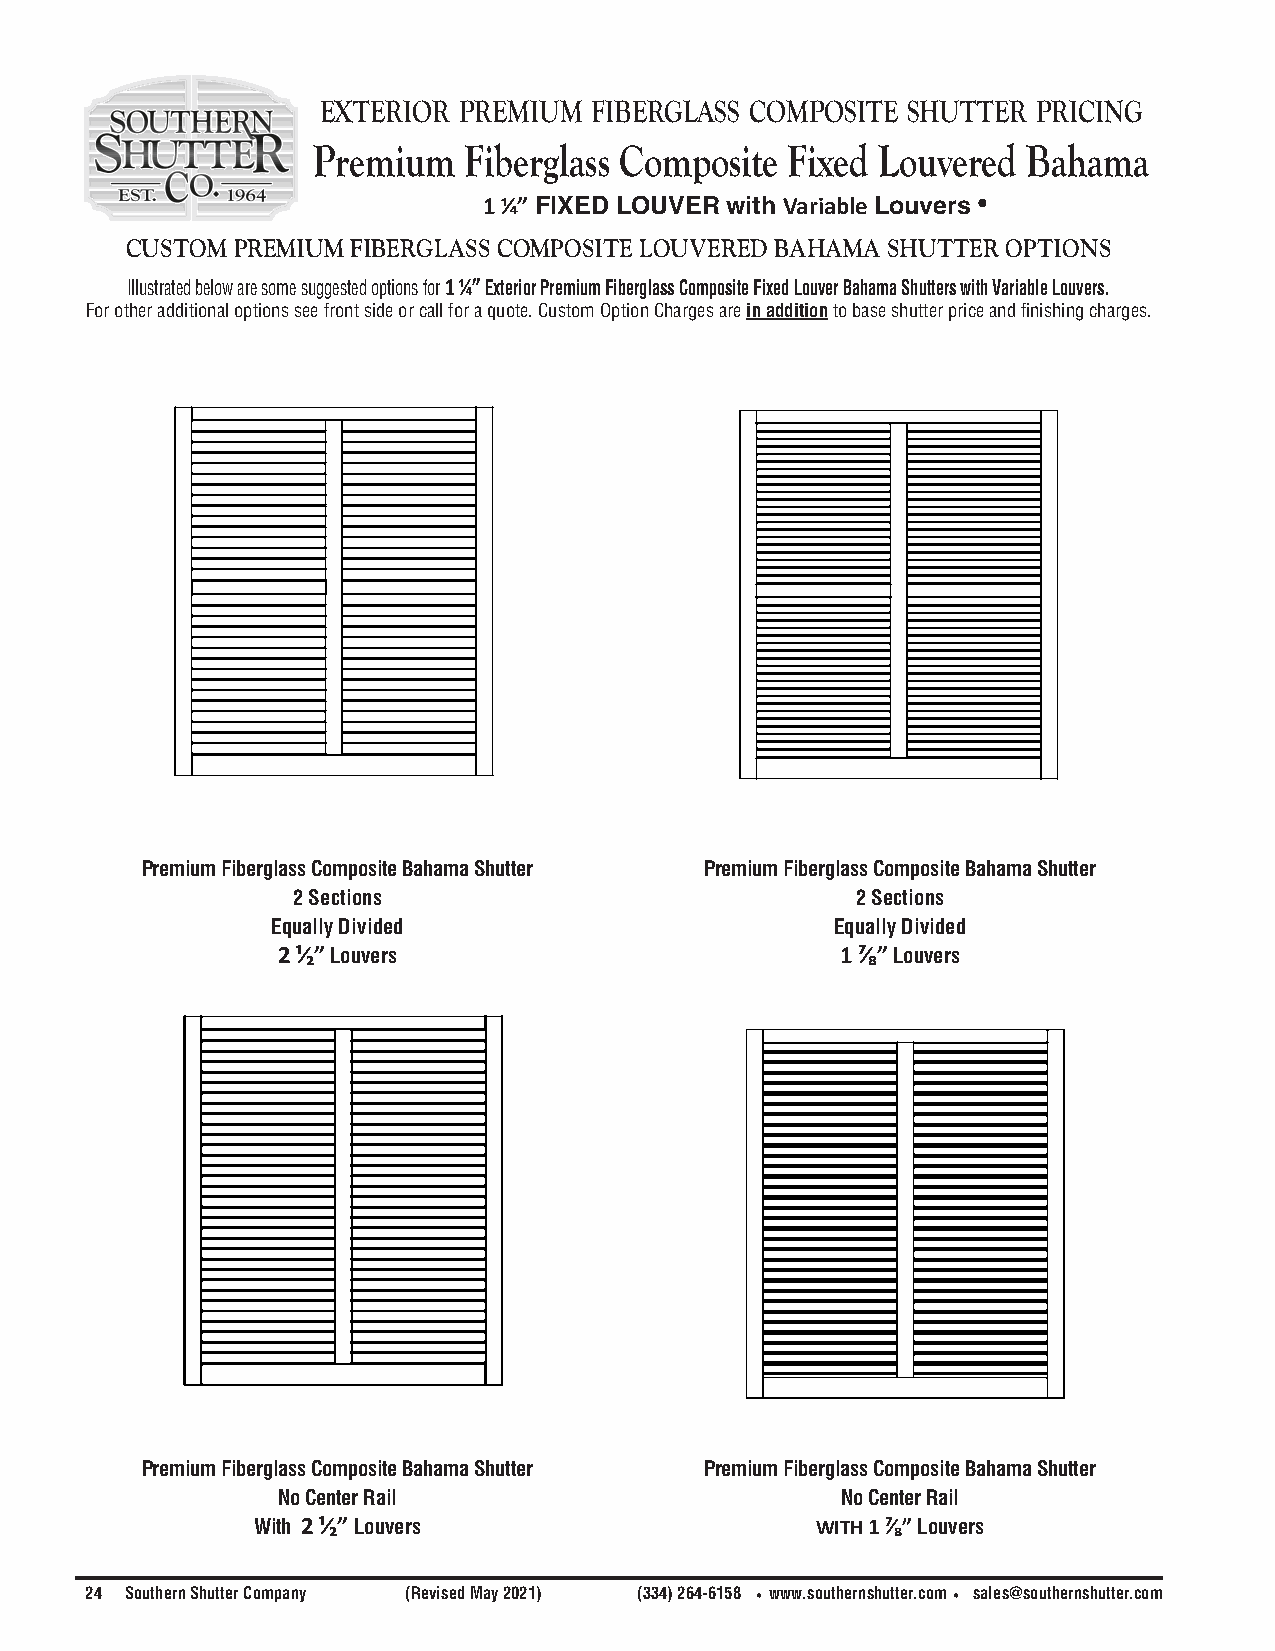
exterior preMiuM  FibergLass coMposite shutter  pricing
 Premium   Fiberglass Composite Fixed Louvered  Bahama
 1 1⁄4” FIXED LOUVER with Variable Louvers •
 CUSTOM PREMIUM FIBERGLASS COMPOSITE LOUVERED BAHAMA SHUTTER OPTIONS
 Illustrated below are some suggested options for 1 1⁄4” Exterior Premium Fiberglass Composite Fixed Louver Bahama Shutters with Variable Louvers.
 For other additional options see front side or call for a quote. Custom Option Charges are in addition to base shutter price and finishing charges.
 Premium Fiberglass Composite Bahama Shutter Premium Fiberglass Composite Bahama Shutter
 2 Sections                            2 Sections
 Equally Divided                      Equally Divided
 2 ¹⁄₂” Louvers                        1 ⁷⁄₈” Louvers
 Premium Fiberglass Composite Bahama Shutter Premium Fiberglass Composite Bahama Shutter
 No Center Rail                        No Center Rail
 With 2 ¹⁄₂” Louvers                  WITH 1 ⁷⁄₈” Louvers
 24 Southern Shutter Company (Revised May 2021) (334) 264-6158 •www.southernshutter.com• sales@southernshutter.com